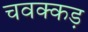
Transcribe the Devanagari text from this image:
चवक्कड़